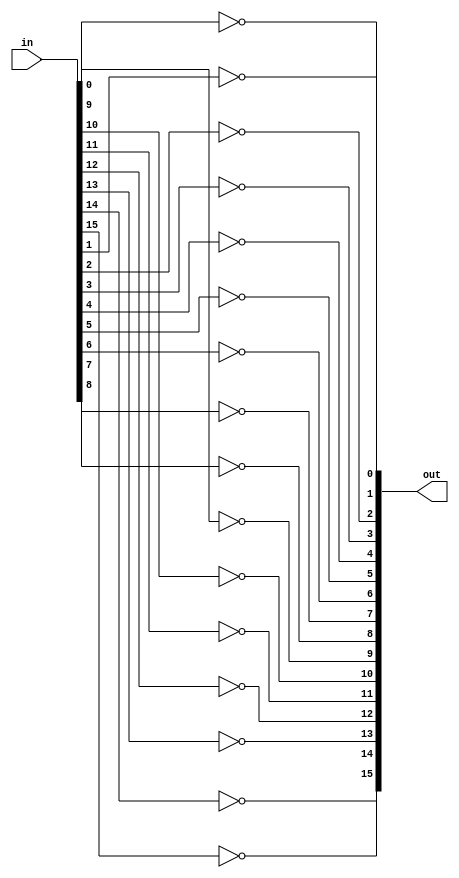
module Not16(output [15:0] out, input [15:0] in);
//modelling the circuit
not(out[0],in[0]);
not(out[1],in[1]);
not(out[2],in[2]);
not(out[3],in[3]);
not(out[4],in[4]);
not(out[5],in[5]);
not(out[6],in[6]);
not(out[7],in[7]);
not(out[8],in[8]);
not(out[9],in[9]);
not(out[10],in[10]);
not(out[11],in[11]);
not(out[12],in[12]);
not(out[13],in[13]);
not(out[14],in[14]);
not(out[15],in[15]);
endmodule